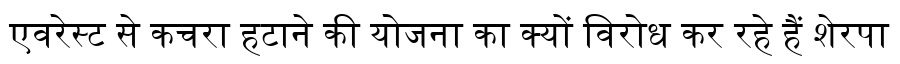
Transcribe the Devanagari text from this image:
एवरेस्ट से कचरा हटाने की योजना का क्यों विरोध कर रहे हैं शेरपा